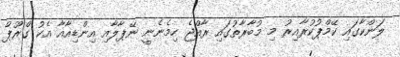
ލަންކާގައި ކޭމްޕުކުރާއިރު މި މުބާރާތުގައި ރާއްޖެ ހިމެނެނީ ނޭޕާލާއި އިންޑިއާއާ އެކު ގްރޫޕް